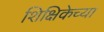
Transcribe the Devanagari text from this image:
शिक्षिकेच्या